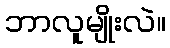
ဘာလူမျိုးလဲ။